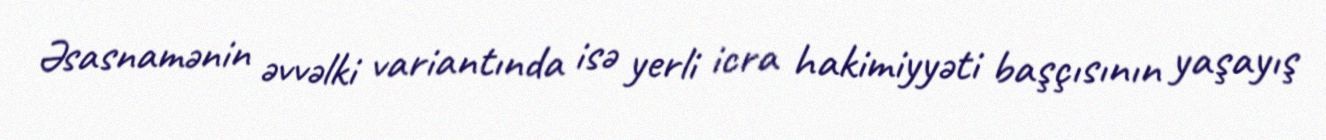
Əsasnamənin əvvəlki variantında isə yerli icra hakimiyyəti başçısının yaşayış